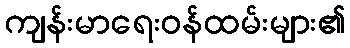
ကျန်းမာရေးဝန်ထမ်းများ၏